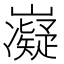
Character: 𭗰